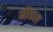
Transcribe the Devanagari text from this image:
मीकल